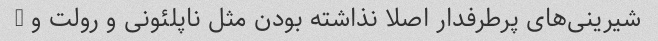
شیرینی‌های پرطرفدار اصلا نذاشته بودن مثل ناپلئونی و رولت و …